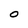
Character: O